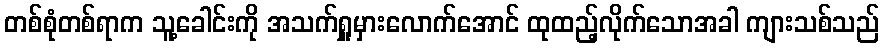
တစ်စုံတစ်ရာက သူ့ခေါင်းကို အသက်ရှူမှားလောက်အောင် ထုထည့်လိုက်သောအခါ ကျားသစ်သည်